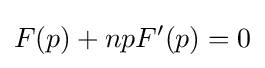
F(p)+npF'(p)=0